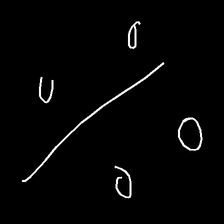
Glyph: cool